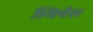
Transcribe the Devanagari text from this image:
स्विचेस